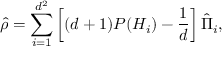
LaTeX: { \hat { \rho } } = \sum _ { i = 1 } ^ { d ^ { 2 } } \left[ ( d + 1 ) P ( H _ { i } ) - { \frac { 1 } { d } } \right] { \hat { \Pi } } _ { i } ,